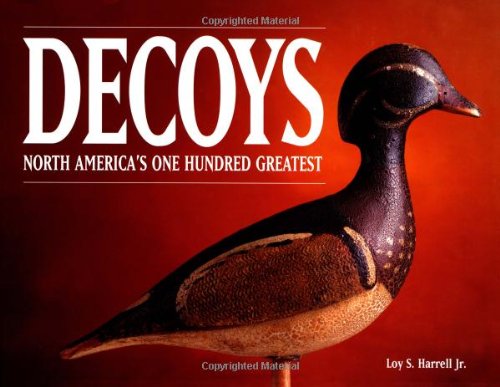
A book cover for Decoys - North America's One Hundred Greatest; Loy S. Harrell  Jr.; Crafts, Hobbies & Home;